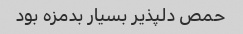
حمص دلپذیر بسیار بدمزه بود